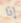
إذا